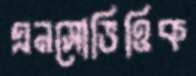
এনসোভিত্তিক